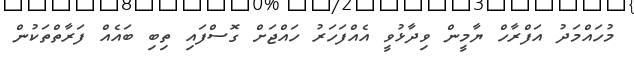
މުހައްމަދު އަފްރާހް ޔާމީން ވިދާޅުވީ އެއްފަހަރު ހައްޖަށް ގޮސްފައި ތިބި ބައެއް ފަރާތްތަކުން